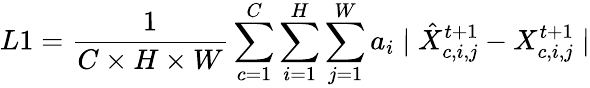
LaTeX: L1=\frac{1}{C\times H\times W}\sum_{c=1}^{C}\sum_{i=1}^{H}\sum_{j=1}^{W}a_{i}\mid\hat{X}_{c,i,j}^{t+1}-X_{c,i,j}^{t+1}\mid